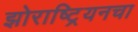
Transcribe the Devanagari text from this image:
झोराष्ट्रियनचा